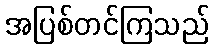
အပြစ်တင်ကြသည်